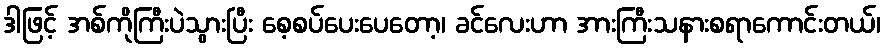
ဒါဖြင့် အစ်ကိုကြီးပဲသွားပြီး စေ့စပ်ပေးပေတော့၊ ခင်လေးဟာ အားကြီးသနားစရာကောင်းတယ်၊